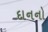
દાનનો